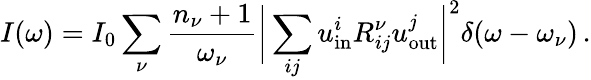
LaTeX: I(\omega)=I_{0}\sum_{\nu}\frac{n_{\nu}+1}{\omega_{\nu}}\bigg|\sum_{ij}u_{\mathrm{in}}^{i}R_{ij}^{\nu}u_{\mathrm{out}}^{j}\bigg|^{2}\delta(\omega-\omega_{\nu})\, .